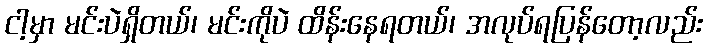
ငါ့မှာ မင်းပဲရှိတယ်၊ မင်းကိုပဲ ထိန်းနေရတယ်၊ အလုပ်ရပြန်တော့လည်း